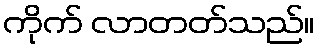
ကိုက် လာတတ်သည်။